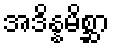
အဒိန္နမိစ္ဆာ